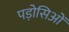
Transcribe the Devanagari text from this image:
पड़ोसिओं